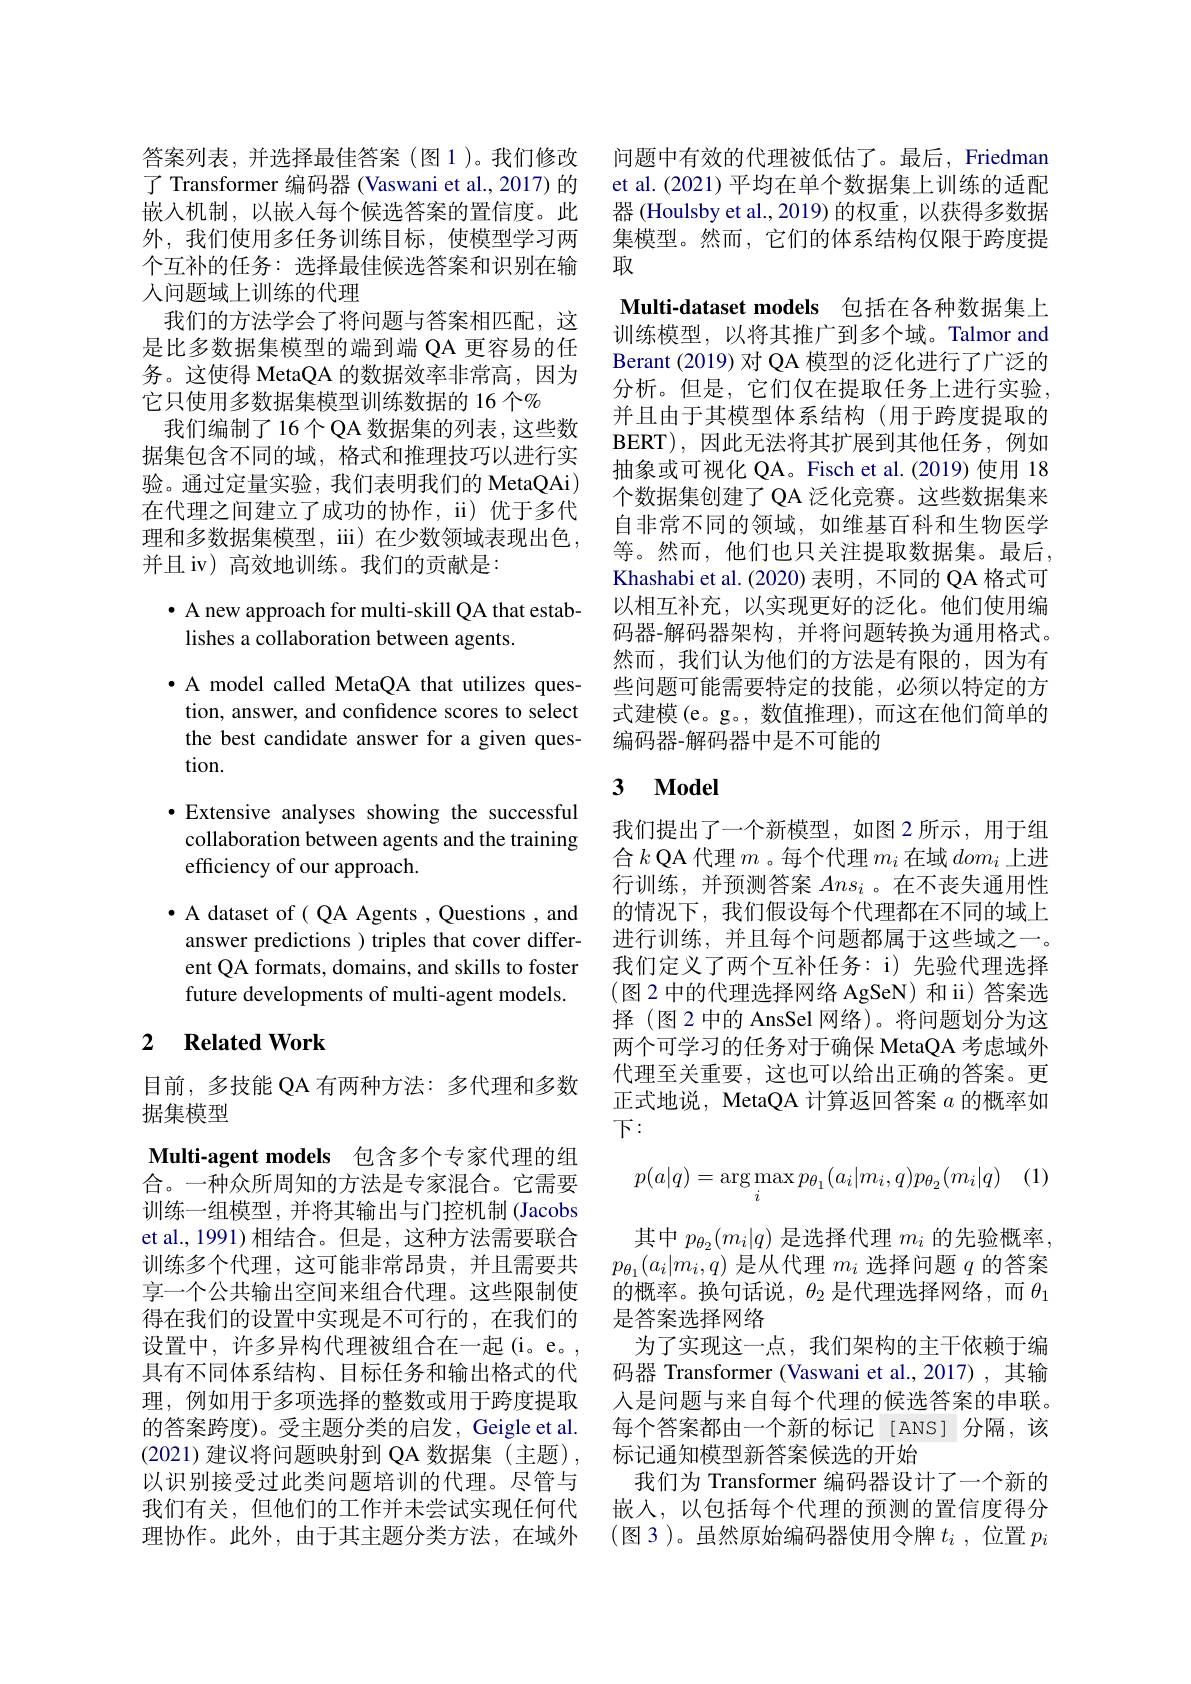
答案列表，并选择最佳答案 (图1)。我们修改 问题中有效的代理被低估了。最后，Friedman
了 Transformer 编码器(Vaswani et al., 2017) 的嵌入机制，以嵌入每个候选答案的置信度。此外，我们使用多任务训练目标，使模型学习两个互补的任务：选择最佳候选答案和识别在输人问题域上训练的代理
我们的方法学会了将问题与答案相匹配，这是比多数据集模型的端到端 QA 更容易的任务。这使得 MetaQA 的数据效率非常高，因为它只使用多数据集模型训练数据的 16 个%
我们编制了16个QA 数据集的列表，这些数据集包含不同的域，格式和推理技巧以进行实验。通过定量实验，我们表明我们的 MetaQAi) 在代理之间建立了成功的协作，ii) 优于多代理和多数据集模型，iii) 在少数领域表现出色， 并且 iv) 高效地训练。我们的贡献是：

· A new approach for multi-skill QA that estab-
lishes a collaboration between agents.

· A model called MetaQA that utilizes question, answer, and confidence scores to select the best candidate answer for a given question.

$\bullet$ Extensive analyses showing the successful collaboration between agents and the training efficiency of our approach.

$\bullet$ A dataset of ( QA Agents , Questions, and answer predictions ) triples that cover different QA formats, domains, and skills to foster future developments of multi-agent models.

### 2 $\textbf{Related Work}$

目前，多技能 QA 有两种方法：多代理和多数
据集模型
Multi-agent models 包含多个专家代理的组合。一种众所周知的方法是专家混合。它需要训练一组模型，并将其输出与门控机制 (Jacobs et al., 1991)相结合。但是，这种方法需要联合训练多个代理，这可能非常昂贵，并且需要共享一个公共输出空间来组合代理。这些限制使得在我们的设置中实现是不可行的，在我们的设置中，许多异构代理被组合在一起(i。e。, 具有不同体系结构、目标任务和输出格式的代理，例如用于多项选择的整数或用于跨度提取的答案跨度)。受主题分类的启发，Geigle et al.

et al.(2021)平均在单个数据集上训练的适配器 (Houlsby et al., 2019) 的权重，以获得多数据集模型。然而，它们的体系结构仅限于跨度提取
Multi-dataset models 包括在各种数据集上训练模型，以将其推广到多个域。Talmor and Berant (2019) 对 QA 模型的泛化进行了广泛的分析。但是，它们仅在提取任务上进行实验， 并且由于其模型体系结构(用于跨度提取的BERT),因此无法将其扩展到其他任务，例如抽象或可视化 QA。Fisch et al.(2019) 使用 18个数据集创建了 QA 泛化竞赛。这些数据集来自非常不同的领域，如维基百科和生物医学等。然而，他们也只关注提取数据集。最后， Khashabi et al.(2020) 表明，不同的 QA 格式可以相互补充，以实现更好的泛化。他们使用编码器-解码器架构，并将问题转换为通用格式。然而，我们认为他们的方法是有限的，因为有些问题可能需要特定的技能，必须以特定的方式建模 (e。g。, 数值推理),而这在他们简单的编码器-解码器中是不可能的

## 3 $\mathbf{Model}$

我们提出了一个新模型，如图 2 所示 , 用于组合$k$ QA 代理$m$ 。每个代理$m_i$在域$dom_i$上进行训练，并预测答案$Ans_i$ 。在不丧失通用性的情况下，我们假设每个代理都在不同的域上进行训练，并且每个问题都属于这些域之一。我们定义了两个互补任务：i) 先验代理选择(图 2 中的代理选择网络 AgSeN) 和 ii) 答案选择 (图 2 中的 AnsSel 网络)。将问题划分为这两个可学习的任务对于确保 MetaQA 考虑域外代理至关重要，这也可以给出正确的答案。更正式地说，MetaQA 计算返回答案$a$的概率如下：
$$p(a|q)=\arg\max_ip_{\theta_1}(a_i|m_i,q)p_{\theta_2}(m_i|q)$$
其中$p_{\theta_2}(m_i|q)$是选择代理$m_i$的先验概率， $p_{\theta_1}(a_i|m_i,q)$是从代理$m_i$选择问题$q$的答案的概率。换句话说，$\theta_2$是代理选择网络，而$\theta_1$ 是答案选择网络
为了实现这一点，我们架构的主干依赖于编码器 Transformer (Vaswani et al.,2017) ,其输人是问题与来自每个代理的候选答案的串联。每个答案都由一个新的标记[ANS] 分隔，该
(2021) 建议将问题映射到 QA 数据集 (主题), 标记通知模型新答案候选的开始
以识别接受过此类问题培训的代理。尽管与 我们为 Transformer 编码器设计了一个新的我们有关，但他们的工作并未尝试实现任何代 嵌人，以包括每个代理的预测的置信度得分理协作。此外，由于其主题分类方法，在域外 (图3)。虽然原始编码器使用令牌$t_i$ , 位置$p_i$